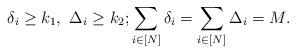
LaTeX: \begin{align*}\delta_i\ge k_1,\,\,\Delta_i\ge k_2;\sum_{i\in [N]}\delta_i=\sum_{i\in [N]}\Delta_i=M.\end{align*}